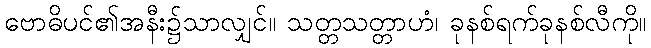
ဗောဓိပင်၏အနီး၌သာလျှင်။ သတ္တသတ္တာဟံ၊ ခုနစ်ရက်ခုနစ်လီကို။